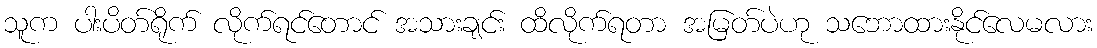
သူက ပါးပိတ်ရိုက် လိုက်ရင်တောင် အသားချင်း ထိလိုက်ရတာ အမြတ်ပဲဟု သဘောထားနိုင်လေမလား